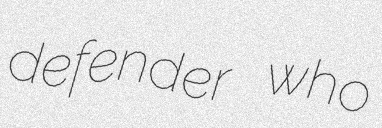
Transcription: defender who